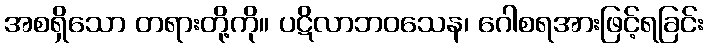
အစရှိသော တရားတို့ကို။ ပဋိလာဘဝသေန၊ ဂေါစရအားဖြင့်ရခြင်း